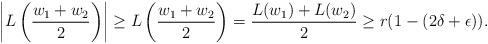
LaTeX: \begin{align*}\left|L\left(\frac{w_1+w_2}{2}\right)\right|\geq L\left(\frac{w_1+w_2}{2}\right)=\frac{L(w_1)+L(w_2)}{2}\geq r(1-(2\delta+\epsilon)).\end{align*}